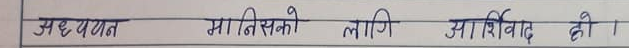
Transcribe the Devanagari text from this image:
अध्ययन मासिको लागि आशिर्वाद दी ।